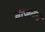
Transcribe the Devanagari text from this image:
वाजतंय